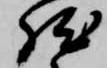
然